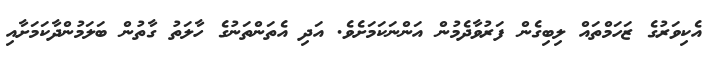
އެކިވަރުގެ ޒަހަމްތައް ލިބިގެން ފަރުވާދެމުން އަންނަކަމަށެވެ. އަދި އެތަންތަނުގެ ހާލަތު ގާތުން ބަލަމުންދާކަމަށާއި